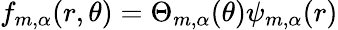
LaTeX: f_{m,\alpha}(r,\theta)=\Theta_{m,\alpha}(\theta)\psi_{m,\alpha}(r)